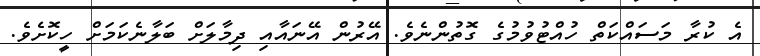
އެ ކުރާ މަސައްކަތް ހުއްޓުވުމުގެ ގޮތުންނެވެ. އޭރުން އޭނައާއި ދިމާލަށް ބަލާނެކަމަށް ހީކޮށެވެ.